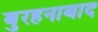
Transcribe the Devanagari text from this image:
बुरहनाबाद